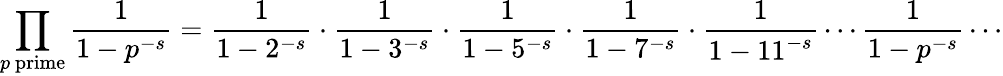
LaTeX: \prod_{p{\mathrm{~prime}}}{\frac{1}{1-p^{-s}}}={\frac{1}{1-2^{-s}}}\cdot{\frac{1}{1-3^{-s}}}\cdot{\frac{1}{1-5^{-s}}}\cdot{\frac{1}{1-7^{-s}}}\cdot{\frac{1}{1-11^{-s}}}\cdots{\frac{1}{1-p^{-s}}}\cdots